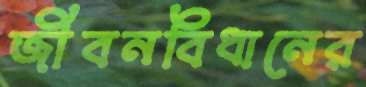
জীবনবিধানের